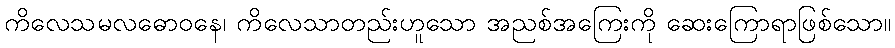
ကိလေသမလဓောဝနေ၊ ကိလေသာတည်းဟူသော အညစ်အကြေးကို ဆေးကြောရာဖြစ်သော။